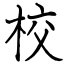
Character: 校